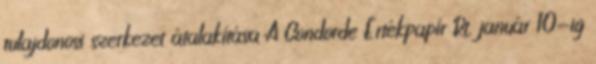
tulajdonosi szerkezet átalakítása A Condorde Értékpapír Rt. január 10-ig